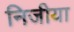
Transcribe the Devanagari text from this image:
निजीया